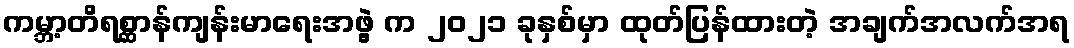
ကမ္ဘာ့တိရစ္ဆာန်ကျန်းမာရေးအဖွဲ့ က ၂၀၂၁ ခုနှစ်မှာ ထုတ်ပြန်ထားတဲ့ အချက်အလက်အရ